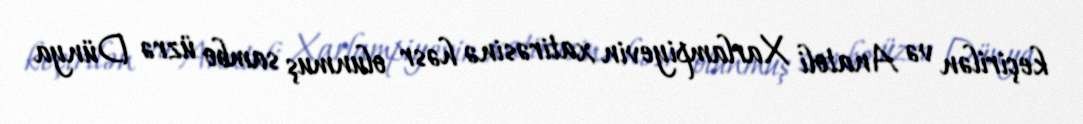
keçirilən və Anatoli Xarlampiyevin xatirəsinə həsr olunmuş sambo üzrə Dünya